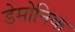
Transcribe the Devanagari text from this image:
डेमोनिक